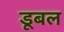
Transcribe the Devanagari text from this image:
डूबल